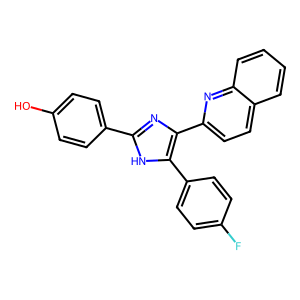
SMILES: Oc1ccc(-c2nc(-c3ccc4ccccc4n3)c(-c3ccc(F)cc3)[nH]2)cc1
Inhibits HIV replication: No